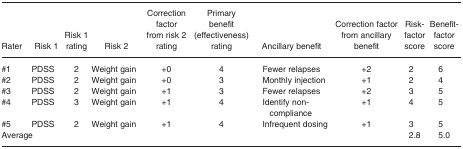
<table><thead><tr><td><b>Rater</b></td><td><b>Risk 1</b></td><td><b>Risk 1 rating</b></td><td><b>Risk 2</b></td><td><b>Correction factor from risk 2 rating</b></td><td><b>Primary benefit (effectiveness) rating</b></td><td><b>Ancillary benefit</b></td><td><b>Correction factor from ancillary benefit</b></td><td><b>Risk-factor score</b></td><td><b>Benefit-factor score</b></td></tr></thead><tbody><tr><td>#1</td><td>PDSS</td><td>2</td><td>Weight gain</td><td>+0</td><td>4</td><td>Fewer relapses</td><td>+2</td><td>2</td><td>6</td></tr><tr><td>#2</td><td>PDSS</td><td>2</td><td>Weight gain</td><td>+0</td><td>3</td><td>Monthly injection</td><td>+1</td><td>2</td><td>4</td></tr><tr><td>#3</td><td>PDSS</td><td>2</td><td>Weight gain</td><td>+1</td><td>3</td><td>Fewer relapses</td><td>+2</td><td>3</td><td>5</td></tr><tr><td>#4</td><td>PDSS</td><td>3</td><td>Weight gain</td><td>+1</td><td>4</td><td>Identify non-compliance</td><td>+1</td><td>4</td><td>5</td></tr><tr><td>#5</td><td>PDSS</td><td>2</td><td>Weight gain</td><td>+1</td><td>4</td><td>Infrequent dosing</td><td>+1</td><td>3</td><td>5</td></tr><tr><td colspan="8">Average</td><td>2.8</td><td>5.0</td></tr></tbody></table>